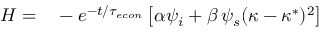
\begin{array} { r l } { H = } & { { } - e ^ { - t / { \tau _ { e c o n } } } \left[ \alpha \psi _ { i } + \beta \, \psi _ { s } ( \kappa - \kappa ^ { * } ) ^ { 2 } \right] } \end{array}